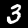
Digit: 3